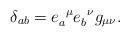
\begin{align*}\delta_{ab} = e^{\;\;\mu}_{a} e^{\;\;\nu}_{b} g_{\mu\nu}.\end{align*}